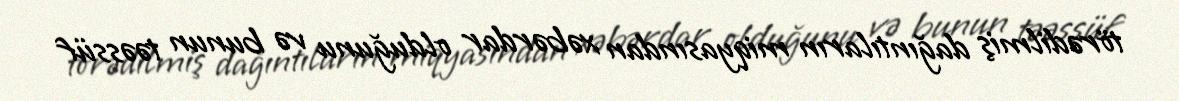
törədilmiş dağıntıların miqyasından xəbərdar olduğunu və bunun təəssüf